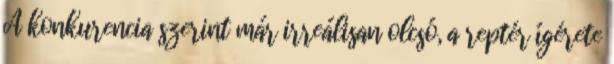
A konkurencia szerint már irreálisan olcsó, a reptér ígérete